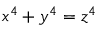
x ^ { 4 } + y ^ { 4 } = z ^ { 4 }